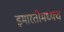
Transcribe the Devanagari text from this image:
इमारतीमध्येच